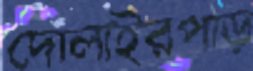
দোলাইরপাড়